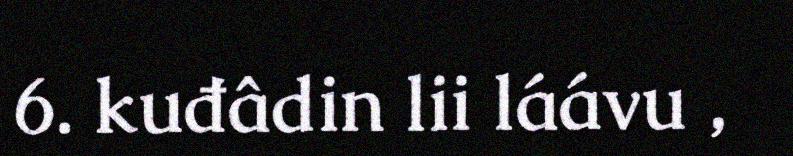
6. kuđâdin lii láávu ,